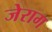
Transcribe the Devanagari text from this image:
जेराग